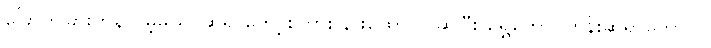
ခြောက်ခြားကုန်လိမ့်မယ်၊ ဆရာတော့်စကား နားထောင်ပါဆိုပြီး ရွှေတောင်ကုန်းဆရာတော်က